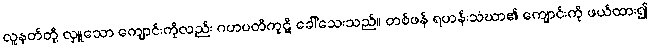
လူနတ်တို့ လှူသော ကျောင်းကိုလည်း ဂဟပတိကုဋိ ခေါ်သေးသည်။ တစ်ဖန် ရဟန်းသံဃာ၏ ကျောင်းကို ဖယ်ထား၍